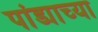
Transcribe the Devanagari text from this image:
पांड्याच्या